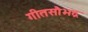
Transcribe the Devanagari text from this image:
गीतसौभद्र